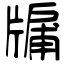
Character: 牖